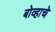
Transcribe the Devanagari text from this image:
बोव्हाचे